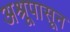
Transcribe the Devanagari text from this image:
अश्रूपासून